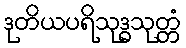
ဒုတိယပရိသုဒ္ဓသုတ္တံ